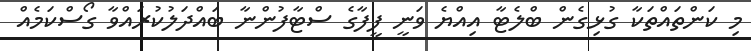
މި ކަންތައްތަކާ ގުޅިގެން ބްލެޓާ އިއްޔެ ވަނީ ފީފާގެ ސްޓާފުންނާ ބައްދަލުކުރައްވާ ގޯސްކަމެއް